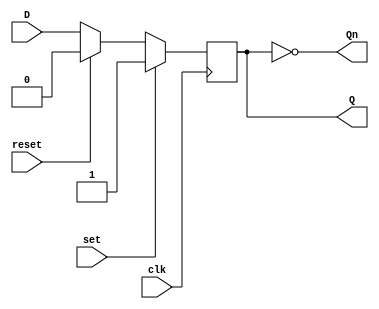
module d_ff (
    input wire D,   // D input
    input wire clk, // Clock input
    input wire set, // Set input
    input wire reset, // Reset input
    output reg Q,   // Q output
    output reg Qn   // Inverted Q output
);

always @(posedge clk) begin
    if (set) begin
        Q <= 1'b1; // Set Q output to logic high
    end else if (reset) begin
        Q <= 1'b0; // Reset Q output to logic low
    end else begin
        Q <= D; // Q follows D input
    end
end

assign Qn = ~Q;

endmodule